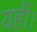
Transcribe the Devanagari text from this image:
यहीं।